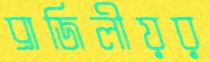
ব্রাজিলীয়র